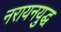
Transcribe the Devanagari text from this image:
नरायनयुद्ध